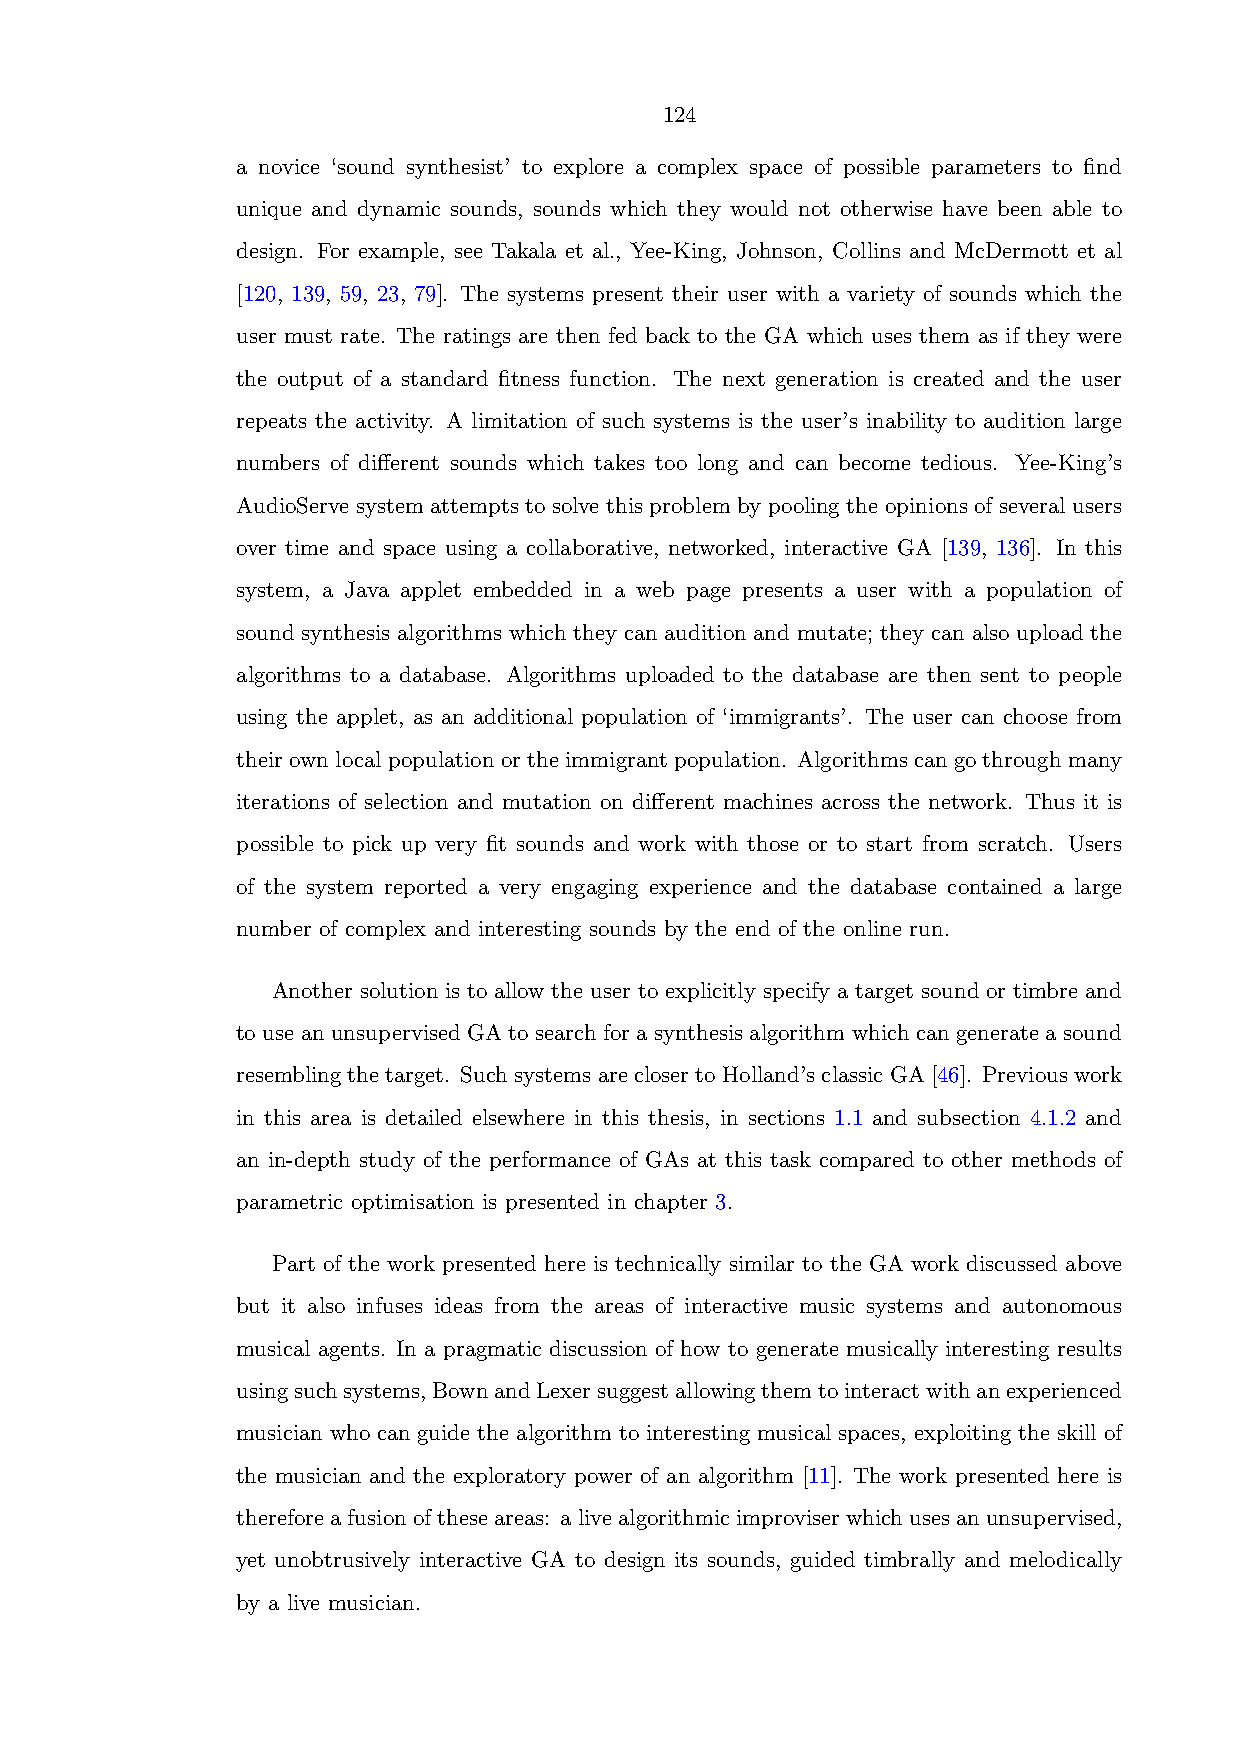
124
 a novice ‘sound synthesist’ to explore a complex space of possible parameters to find
 unique and dynamic sounds, sounds which they would not otherwise have been able to
 design. For example, see Takala et al., Yee-King, Johnson, Collins and McDermott et al
 [120, 139, 59, 23, 79]. The systems present their user with a variety of sounds which the
 user must rate. The ratings are then fed back to the GA which uses them as if they were
 the output of a standard fitness function. The next generation is created and the user
 repeats the activity. A limitation of such systems is the user’s inability to audition large
 numbers of different sounds which takes too long and can become tedious. Yee-King’s
 AudioServe system attempts to solve this problem by pooling the opinions of several users
 over time and space using a collaborative, networked, interactive GA [139, 136]. In this
 system, a Java applet embedded in a web page presents a user with a population of
 sound synthesis algorithms which they can audition and mutate; they can also upload the
 algorithms to a database. Algorithms uploaded to the database are then sent to people
 using the applet, as an additional population of ‘immigrants’. The user can choose from
 their own local population or the immigrant population. Algorithms can go through many
 iterations of selection and mutation on different machines across the network. Thus it is
 possible to pick up very fit sounds and work with those or to start from scratch. Users
 of the system reported a very engaging experience and the database contained a large
 number of complex and interesting sounds by the end of the online run.
 Another solution is to allow the user to explicitly specify a target sound or timbre and
 to use an unsupervised GA to search for a synthesis algorithm which can generate a sound
 resemblingthetarget. SuchsystemsareclosertoHolland’sclassicGA[46]. Previouswork
 in this area is detailed elsewhere in this thesis, in sections 1.1 and subsection 4.1.2 and
 an in-depth study of the performance of GAs at this task compared to other methods of
 parametric optimisation is presented in chapter 3.
 Part of the work presented here is technically similar to the GA work discussed above
 but it also infuses ideas from the areas of interactive music systems and autonomous
 musical agents. In a pragmatic discussion of how to generate musically interesting results
 usingsuchsystems,BownandLexersuggestallowingthemtointeractwithanexperienced
 musician who can guide the algorithm to interesting musical spaces, exploiting the skill of
 the musician and the exploratory power of an algorithm [11]. The work presented here is
 thereforeafusionoftheseareas: alivealgorithmicimproviserwhichusesanunsupervised,
 yet unobtrusively interactive GA to design its sounds, guided timbrally and melodically
 by a live musician.